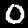
Label: 0